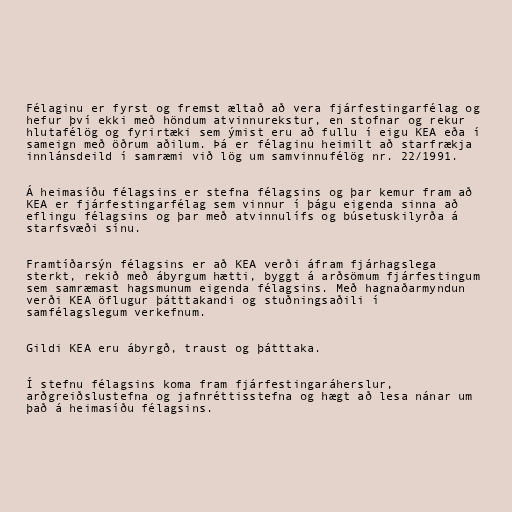
Félaginu er fyrst og fremst æltað að vera fjárfestingarfélag og
hefur því ekki með höndum atvinnurekstur, en stofnar og rekur
hlutafélög og fyrirtæki sem ýmist eru að fullu í eigu KEA eða í
sameign með öðrum aðilum. Þá er félaginu heimilt að starfrækja
innlánsdeild í samræmi við lög um samvinnufélög nr. 22/1991.

Á heimasíðu félagsins er stefna félagsins og þar kemur fram að
KEA er fjárfestingarfélag sem vinnur í þágu eigenda sinna að
eflingu félagsins og þar með atvinnulífs og búsetuskilyrða á
starfsvæði sínu.

Framtíðarsýn félagsins er að KEA verði áfram fjárhagslega
sterkt, rekið með ábyrgum hætti, byggt á arðsömum fjárfestingum
sem samræmast hagsmunum eigenda félagsins. Með hagnaðarmyndun
verði KEA öflugur þátttakandi og stuðningsaðili í
samfélagslegum verkefnum.

Gildi KEA eru ábyrgð, traust og þátttaka.

Í stefnu félagsins koma fram fjárfestingaráherslur,
arðgreiðslustefna og jafnréttisstefna og hægt að lesa nánar um
það á heimasíðu félagsins.